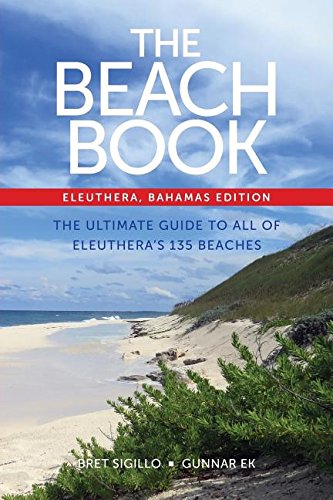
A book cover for The Beach Book: Eleuthera, Bahamas Edition; Mr. Bret Sigillo; Travel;